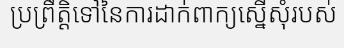
ប្រព្រឹត្តិទៅនៃការដាក់ពាក្យស្នើសុំរបស់